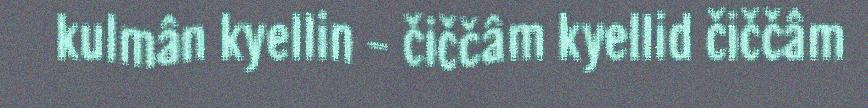
kulmân kyellin - čiččâm kyellid čiččâm